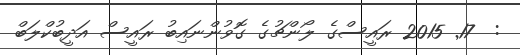
:  17